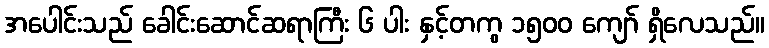
အပေါင်းသည် ခေါင်းဆောင်ဆရာကြီး ၆ ပါး နှင့်တကွ ၁၅၀၀ ကျော် ရှိလေသည်။